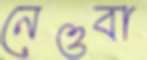
নেওবা